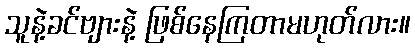
သူနဲ့ခင်ဗျားနဲ့ ဖြစ်နေကြတာမဟုတ်လား။